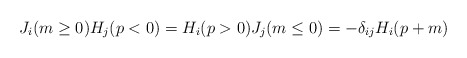
\begin{align*}J_i(m \ge 0) H_j(p<0) = H_i(p>0)J_j(m \le 0) = -\delta_{ij}H_i(p+m)\end{align*}